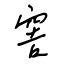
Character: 窖